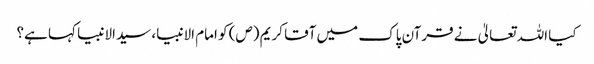
کیا اللہ تعالیٰ نے قرآن پاک میں آقا کریم (ص) کو امام الانبیا، سیدالانبیا کہا ہے؟